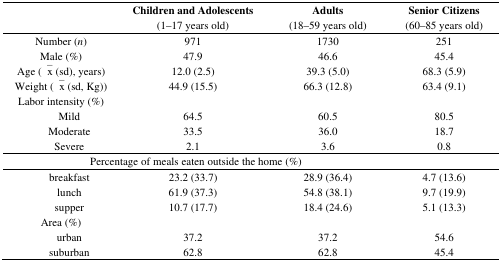
<table><thead><tr><td></td><td><b>Children and Adolescents (1–17 years old)</b></td><td><b>Adults (18–59 years old)</b></td><td><b>Senior Citizens (60–85 years old)</b></td></tr></thead><tbody><tr><td>Number (<i>n</i>)</td><td>971</td><td>1730</td><td>251</td></tr><tr><td>Male (%)</td><td>47.9</td><td>46.6</td><td>45.4</td></tr><tr><td>Age (<overline>x</overline> (sd), years)</td><td>12.0 (2.5)</td><td>39.3 (5.0)</td><td>68.3 (5.9)</td></tr><tr><td>Weight (<overline>x</overline> (sd, Kg))</td><td>44.9 (15.5)</td><td>66.3 (12.8)</td><td>63.4 (9.1)</td></tr><tr><td>Labor intensity (%)</td><td></td><td></td><td></td></tr><tr><td>Mild</td><td>64.5</td><td>60.5</td><td>80.5</td></tr><tr><td>Moderate</td><td>33.5</td><td>36.0</td><td>18.7</td></tr><tr><td>Severe</td><td>2.1</td><td>3.6</td><td>0.8</td></tr><tr><td colspan="3">Percentage of meals eaten outside the home (%)</td><td></td></tr><tr><td>breakfast</td><td>23.2 (33.7)</td><td>28.9 (36.4)</td><td>4.7 (13.6)</td></tr><tr><td>lunch</td><td>61.9 (37.3)</td><td>54.8 (38.1)</td><td>9.7 (19.9)</td></tr><tr><td>supper</td><td>10.7 (17.7)</td><td>18.4 (24.6)</td><td>5.1 (13.3)</td></tr><tr><td>Area (%)</td><td></td><td></td><td></td></tr><tr><td>urban</td><td>37.2</td><td>37.2</td><td>54.6</td></tr><tr><td>suburban</td><td>62.8</td><td>62.8</td><td>45.4</td></tr></tbody></table>